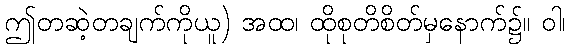
ဤတဆဲ့တချက်ကိုယူ) အထ၊ ထိုစုတိစိတ်မှနောက်၌။ ဝါ၊